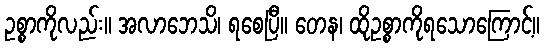
ဥစ္စာကိုလည်း။ အလာဘေသိ၊ ရစေပြီ။ တေန၊ ထိုဥစ္စာကိုရသောကြောင့်။